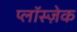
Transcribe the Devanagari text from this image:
प्लाॅस्ज़ेक